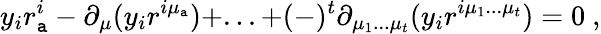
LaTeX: y_{i}r_{\mathtt{a}}^{i}-\partial_{\mu}(y_{i}r^{i\mu_{\mathtt{a}}})+...+(-)^{t}\partial_{\mu_{1}...\mu_{t}}(y_{i}r^{i\mu_{1}...\mu_{t}})=0\ ,